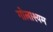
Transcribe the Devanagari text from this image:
गोलाश्यम